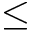
\leq